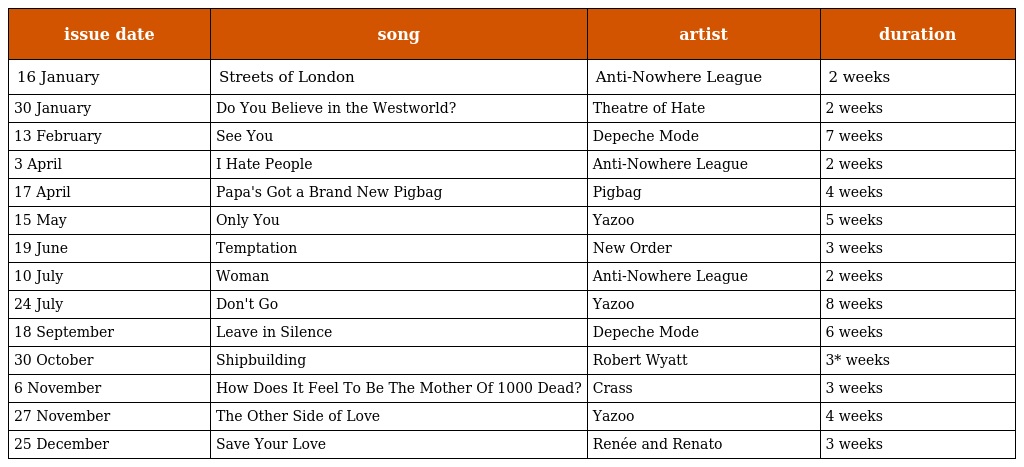
| issue date | song | artist | duration |
 | --- | --- | --- | --- |
 | 16 January | Streets of London | Anti-Nowhere League | 2 weeks |
 | 30 January | Do You Believe in the Westworld? | Theatre of Hate | 2 weeks |
 | 13 February | See You | Depeche Mode | 7 weeks |
 | 3 April | I Hate People | Anti-Nowhere League | 2 weeks |
 | 17 April | Papa's Got a Brand New Pigbag | Pigbag | 4 weeks |
 | 15 May | Only You | Yazoo | 5 weeks |
 | 19 June | Temptation | New Order | 3 weeks |
 | 10 July | Woman | Anti-Nowhere League | 2 weeks |
 | 24 July | Don't Go | Yazoo | 8 weeks |
 | 18 September | Leave in Silence | Depeche Mode | 6 weeks |
 | 30 October | Shipbuilding | Robert Wyatt | 3* weeks |
 | 6 November | How Does It Feel To Be The Mother Of 1000 Dead? | Crass | 3 weeks |
 | 27 November | The Other Side of Love | Yazoo | 4 weeks |
 | 25 December | Save Your Love | Renée and Renato | 3 weeks |